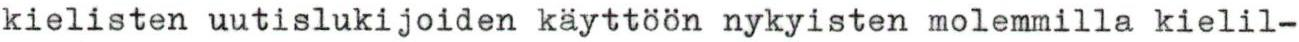
kielisten uutislukijoiden käyttöön nykyisten molemmilla kielil-